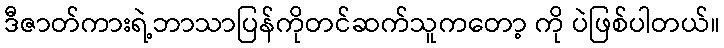
ဒီဇာတ်ကားရဲ့ဘာသာပြန်ကိုတင်ဆက်သူကတော့ ကို ပဲဖြစ်ပါတယ်။